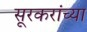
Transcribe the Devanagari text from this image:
सूरकरांच्या